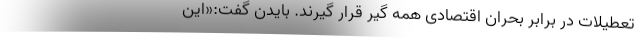
تعطیلات در برابر بحران اقتصادی همه گیر قرار گیرند. بایدن گفت:«این